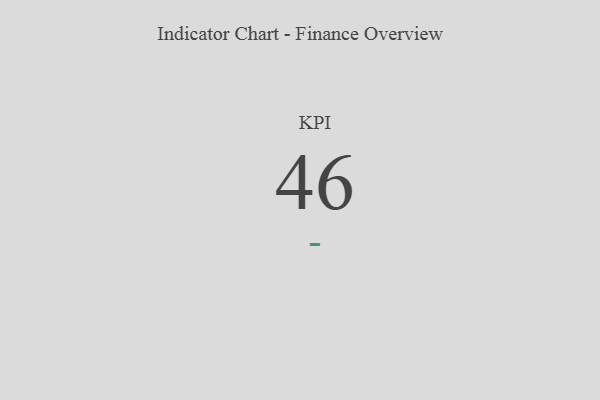
{"axis": {"x": "KPI", "y": "Value"}, "legend": [""], "data": [{"x": "KPI", "y": 46, "type": ""}]}